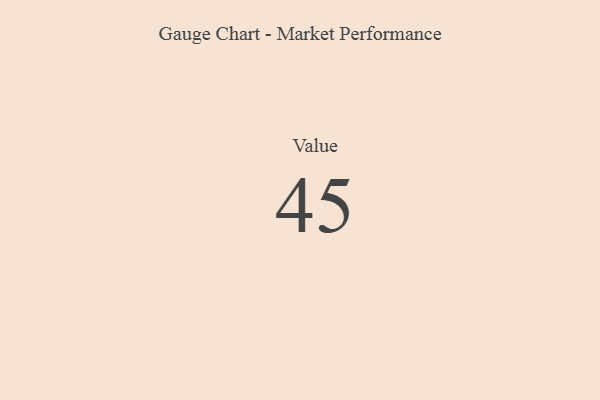
{"axis": {"x": "Metric", "y": "Value"}, "legend": [""], "data": [{"x": "Value", "y": 45, "type": ""}]}